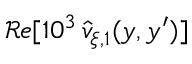
\mathcal { R } e [ 1 0 ^ { 3 } \, \widehat { v } _ { \xi , 1 } ( y , y ^ { \prime } ) ]